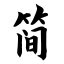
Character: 简